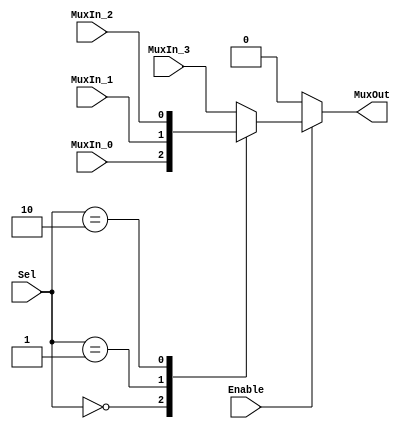
/******************************************************************************
 ** Logisim goes FPGA automatic generated Verilog code                       **
 **                                                                          **
 ** Component : Multiplexer_bus_4                                            **
 **                                                                          **
 ******************************************************************************/

`timescale 1ns/1ps
module Multiplexer_bus_4( Enable,
                          MuxIn_0,
                          MuxIn_1,
                          MuxIn_2,
                          MuxIn_3,
                          Sel,
                          MuxOut);

   /***************************************************************************
    ** Here all module parameters are defined with a dummy value             **
    ***************************************************************************/
   parameter NrOfBits = 1;


   /***************************************************************************
    ** Here the inputs are defined                                           **
    ***************************************************************************/
   input  Enable;
   input[NrOfBits-1:0]  MuxIn_0;
   input[NrOfBits-1:0]  MuxIn_1;
   input[NrOfBits-1:0]  MuxIn_2;
   input[NrOfBits-1:0]  MuxIn_3;
   input[1:0]  Sel;

   /***************************************************************************
    ** Here the outputs are defined                                          **
    ***************************************************************************/
   output[NrOfBits-1:0] MuxOut;

   /***************************************************************************
    ** Here the internal registers are defined                               **
    ***************************************************************************/
   reg[NrOfBits-1:0] s_selected_vector;

   assign MuxOut = s_selected_vector;

   always @(*)
   begin
      if (~Enable) s_selected_vector <= 0;
      else case (Sel)
         2'b00:
            s_selected_vector <= MuxIn_0;
         2'b01:
            s_selected_vector <= MuxIn_1;
         2'b10:
            s_selected_vector <= MuxIn_2;
         default:
            s_selected_vector <= MuxIn_3;
      endcase
   end

endmodule